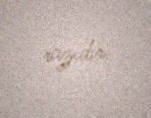
razıdır.